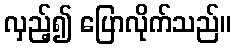
လှည့်၍ ပြောလိုက်သည်။